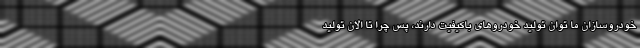
خودروسازان ما توان تولید خودروهای باکیفیت دارند، پس چرا تا الان تولید